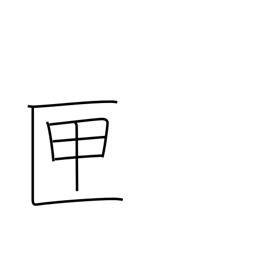
Meaning: box